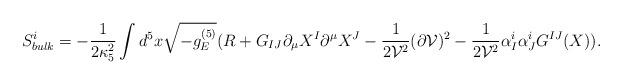
LaTeX: \begin{align*}S_{bulk}^i=-\frac{1}{2\kappa_5^2}\int d^5x \sqrt{-g_E^{(5)}}(R+G_{IJ}\partial_{\mu}X^I\partial^{\mu}X^J-\frac{1}{2{\cal V}^2}(\partial {\cal V})^2 -\frac{1}{2{\cal V}^2}\alpha_I^i\alpha_J^iG^{IJ}(X)).\end{align*}